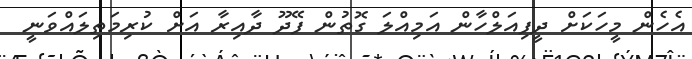
އެހެން މީހަކަށް ދީފިއަލްހާން އަމިއްލަ ގޮތުން ފޭދޫ ދާއިރާ އަށް ކުރިމަތިލައްވަނީ